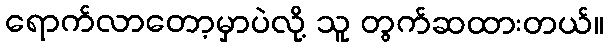
ရောက်လာတော့မှာပဲလို့ သူ တွက်ဆထားတယ်။